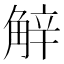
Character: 觪